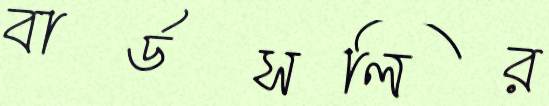
বার্ডসলির